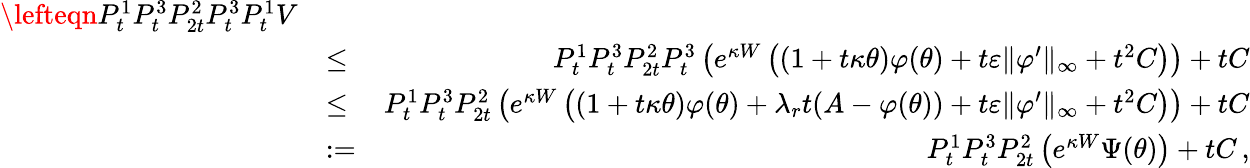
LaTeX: \begin{array}{rlr}{\lefteqn{P_{t}^{1}P_{t}^{3}P_{2t}^{2}P_{t}^{3}P_{t}^{1}V}}\\ &{\leq}&{P_{t}^{1}P_{t}^{3}P_{2t}^{2}P_{t}^{3}\left(e^{\kappa W}\left((1+t\kappa\theta)\varphi(\theta)+t\varepsilon\| \varphi^{\prime}\| _{\infty}+t^{2}C\right)\right)+tC}\\ &{\leq}&{P_{t}^{1}P_{t}^{3}P_{2t}^{2}\left(e^{\kappa W}\left((1+t\kappa\theta)\varphi(\theta)+\lambda_{r}t(A-\varphi(\theta))+t\varepsilon\| \varphi^{\prime}\| _{\infty}+t^{2}C\right)\right)+tC}\\ &{:=}&{P_{t}^{1}P_{t}^{3}P_{2t}^{2}\left(e^{\kappa W}\Psi(\theta)\right)+tC\, ,}\end{array}